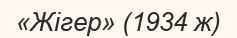
«Жігер» (1934 ж)